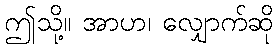
ဤသို့။ အာဟ၊ လျှောက်ဆို